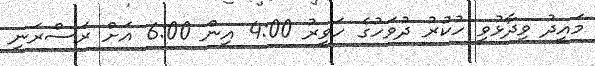
މައީދު ވިދާޅުވީ ހުކުރު ދުވަހުގެ ހަވީރު 4:00 އިން 6:00 އަށް ރަސްރަނި